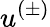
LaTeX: u^{(\pm)}